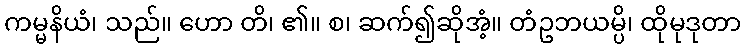
ကမ္မနိယံ၊ သည်။ ဟော တိ၊ ၏။ စ၊ ဆက်၍ဆိုအံ့။ တံဥဘယမ္ပိ၊ ထိုမုဒုတာ